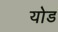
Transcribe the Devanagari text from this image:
योड